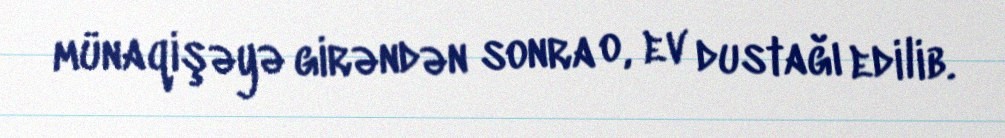
münaqişəyə girəndən sonra o, ev dustağı edilib.